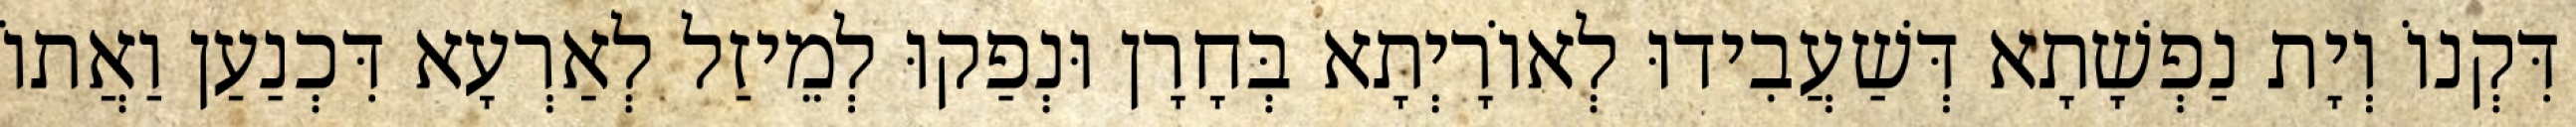
דִּקְנוֹ וְיָת נַפְשָׁתָא דְּשַׁעֲבִידוּ לְאוֹרָיְתָא בְּחָרָן וּנְפַקוּ לְמֵיזַל לְאַרְעָא דִּכְנַעַן וַאֲתוֹ